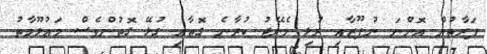
ފަރާތުން އޮންނަ ނުފޫޒާއި ރުޅި މެނޭޖު ކުރާނެ ގޮތާއި ގުޅޭ ގޮތުންވެސް މަޢުލޫމާތު